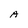
Character: A